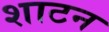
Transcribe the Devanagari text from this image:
शाटन